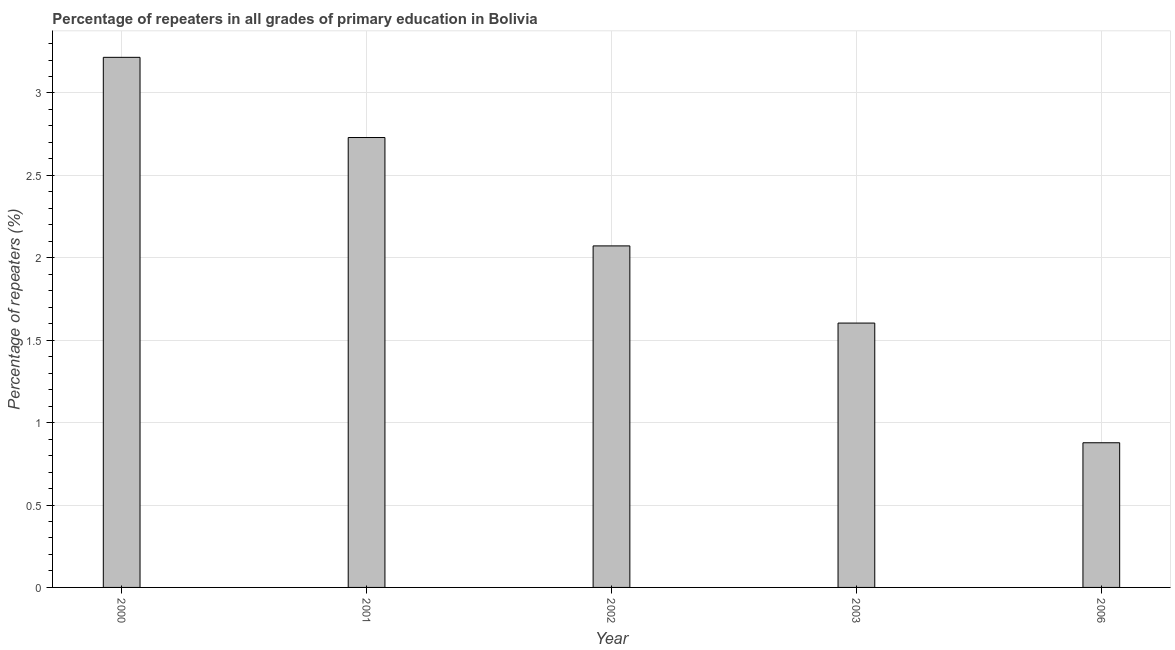
| Year | Repeaters in primary education |
 | --- | --- |
 | 2000 | 3.22 |
 | 2001 | 2.73 |
 | 2002 | 2.07 |
 | 2003 | 1.6 |
 | 2006 | 0.878 |